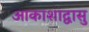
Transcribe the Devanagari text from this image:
आकाशाद्वासु